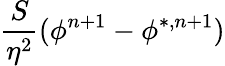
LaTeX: \frac{S}{\eta^{2}}(\phi^{n+1}-\phi^{*,n+1})